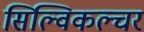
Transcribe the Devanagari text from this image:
सिल्विकल्चर